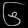
Digit: ၆